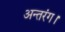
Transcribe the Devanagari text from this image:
अन्तरंग।